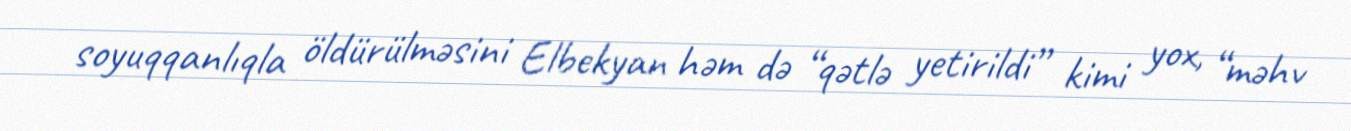
soyuqqanlıqla öldürülməsini Elbekyan həm də “qətlə yetirildi” kimi yox, “məhv